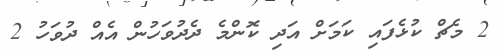
2 މެޗް ކުޅެފައި ކަމަށް އަދި ކޮންމެ ދެދުވަހުން އެއް ދުވަހު 2